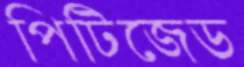
পিটিজেড